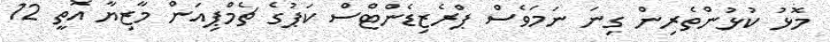
މޮޅު ކުޅުންތެރިން ގިނަ ނަމަވެސް ޕްރެޒިޑެންޓްސް ކަޕުގެ ޗެމްޕިއަން މާޒިޔާ އޮތީ 12